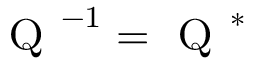
{ \textsc { Q } } ^ { - 1 } = { \textsc { Q } } ^ { * }